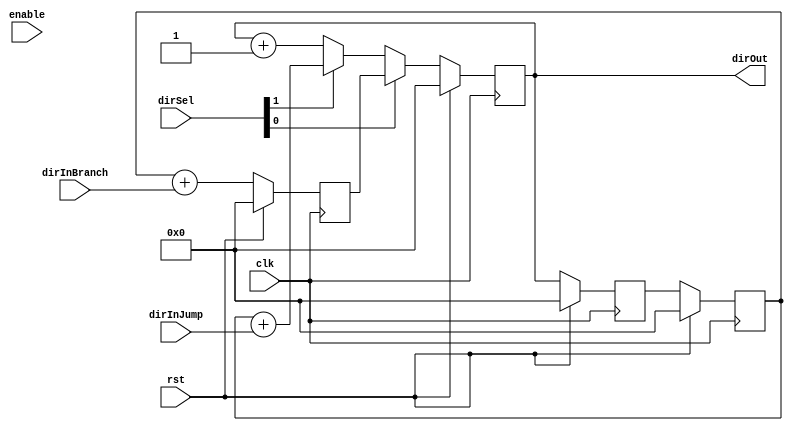
// Wilfer Daniel Ciro Maya - 2023
/*
	dirSel  | output
	0		| dir + 1
	1		| dirIn
*/
/*
	Memory max size: 2^DIR_SIZE = 255 (ex: 2^8 = 256)
*/

module program_counter(clk, rst, enable, dirInBranch, dirInJump, dirSel, dirOut);
	// parameters declarations
	parameter DIR_SIZE = 32;
	
	// Inputs declarations
	input clk;
	input rst;
	input enable;
	input [1 : 0] dirSel;
	input [DIR_SIZE - 1 : 0] dirInBranch;
	input [DIR_SIZE - 1 : 0] dirInJump;
	
	// Outputs declarations
	output reg [DIR_SIZE - 1 : 0] dirOut;
	
	wire [DIR_SIZE - 1 : 0] dirBranch_src, dirJump_src, dirNormal, dirOut_src;	
	reg [DIR_SIZE - 1 : 0] dirOut_A, dirOut_B, dirBranch, dirJump;
	
	assign dirOut_src = dirSel[0] == 1'b1 ? dirBranch : (dirSel[1] == 1'b1 ? dirJump_src : dirNormal);
	
	assign dirBranch_src = dirOut_B + dirInBranch;	
	assign dirJump_src = dirOut_B + dirInJump;
	assign dirNormal = dirOut + {{(DIR_SIZE - 1){1'b0}}, 1'b1};
	
	always @(posedge clk) begin
	   if (rst)
	       dirOut <= {DIR_SIZE{1'b0}};
	   else
	       dirOut <= dirOut_src;
	end	
	
	always @(posedge clk) begin
	   if (rst) begin
	       dirOut_A <= {DIR_SIZE{1'b0}};
	       dirOut_B <= {DIR_SIZE{1'b0}};
	       
	       dirJump <= {DIR_SIZE{1'b0}};
	       dirBranch <= {DIR_SIZE{1'b0}};
	   end else begin
	       dirOut_A <= dirOut;
	       dirOut_B <= dirOut_A;
	       
	       dirJump <= dirJump_src;
	       dirBranch <= dirBranch_src;
	   end
	end

endmodule